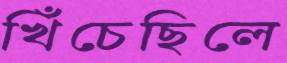
খিঁচেছিলে